Indian journal of veterinary science and animal husbandry - Volumes 18-21, 1948-1951
Year: 1948
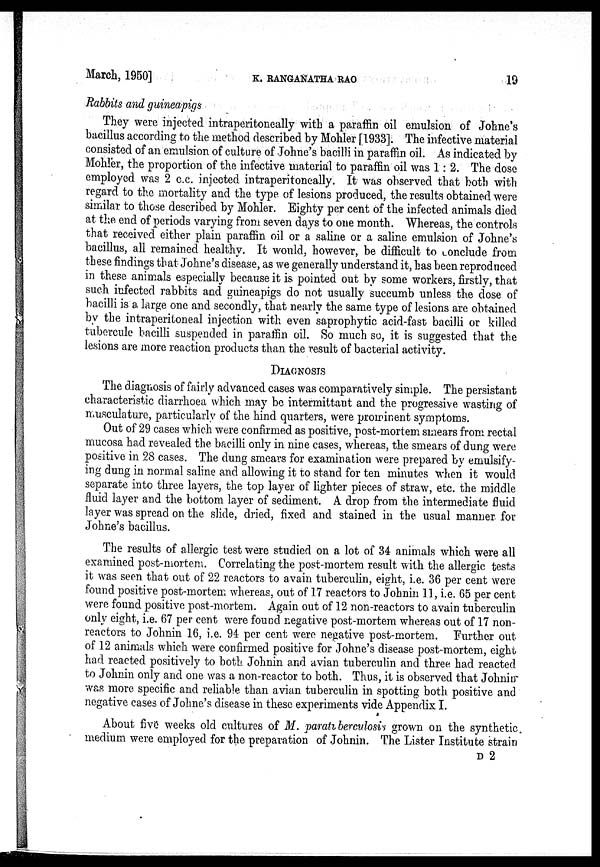
March, 1950]
K.
RANGANATHA
RAO
19
Rabbits and guineapigs
They were injected intraperitoneally with a paraffin oil emulsion of Johne's
bacillus according to the method described by Mohler [1933]. The infective material
consisted of an emulsion of culture of Johne's bacilli in paraffin oil. As indicated by
Mohler, the proportion of the infective material to paraffin oil was 1:2. The dose
employed was 2 c.c. injected intraperitoneally. It was observed that both with
regard to the mortality and the type of lesions produced, the results obtained were
similar to those described by Mohler. Eighty per cent of the infected animals died
at the end of periods varying from seven days to one month. Whereas, the controls
that received either plain paraffin oil or a saline or a saline emulsion of Johne's
bacillus, all remained healthy. It would, however, be difficult to conclude from
these findings that Johne's disease, as we generally understand it, has been reproduced
in these animals especially because it is pointed out by some workers, firstly, that
such infected rabbits and guineapigs do not usually succumb unless the dose of
bacilli is a large one and secondly, that nearly the same type of lesions are obtained
by the intraperitoneal injection with even saprophytic acid-fast bacilli or killed
tubercule bacilli suspended in paraffin oil. So much so, it is suggested that the
lesions are more reaction products than the result of bacterial activity.
DIAGNOSIS
The diagnosis of fairly advanced cases was comparatively simple. The persistant
characteristic diarrhoea which may be intermittant and the progressive wasting of
musculature, particularly of the hind quarters, were prominent symptoms.
Out of 29 cases which were confirmed as positive, post-mortem smears from rectal
mucosa had revealed the bacilli only in nine cases, whereas, the smears of dung were
positive in 28 cases. The dung smears for examination were prepared by emulsify-
ing dung in normal saline and allowing it to stand for ten minutes when it would
separate into three layers, the top layer of lighter pieces of straw, etc. the middle
fluid layer and the bottom layer of sediment. A drop from the intermediate fluid
layer was spread on the slide, dried, fixed and stained in the usual manner for
Johne's bacillus.
The results of allergic test were studied on a lot of 34 animals which were all
examined post-mortem. Correlating the post-mortem result with the allergic tests
it was seen that out of 22 reactors to avain tuberculin, eight, i.e. 36 per cent were
found positive post-mortem whereas, out of 17 reactors to Johnin 11, i.e. 65 per cent
were found positive post-mortem. Again out of 12 non-reactors to avain tuberculin
only eight, i.e. 67 per cent were found negative post-mortem whereas out of 17 non-
reactors to Johnin 16, i.e. 94 per cent were negative post-mortem. Further out
of 12 animals which were confirmed positive for Johne's disease post-mortem, eight
had reacted positively to both Johnin and avian tuberculin and three had reacted
to Johnin only and one was a non-reactor to both. Thus, it is observed that Johnin
was more specific and reliable than avian tuberculin in spotting both positive and
negative cases of Johne's disease in these experiments vide Appendix I.
About five weeks old cultures of M. paratiberculosis grown on the synthetic
medium were employed for the preparation of Johnin. The Lister Institute strain
D 2